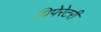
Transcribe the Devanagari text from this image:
प्रिपेरेटरी